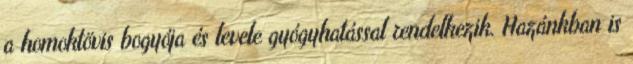
a homoktövis bogyója és levele gyógyhatással rendelkezik. Hazánkban is